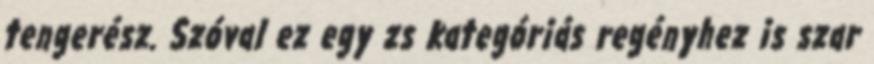
tengerész. Szóval ez egy zs kategóriás regényhez is szar